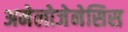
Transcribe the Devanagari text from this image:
अमेलोजेनेसिस